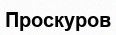
Проскуров